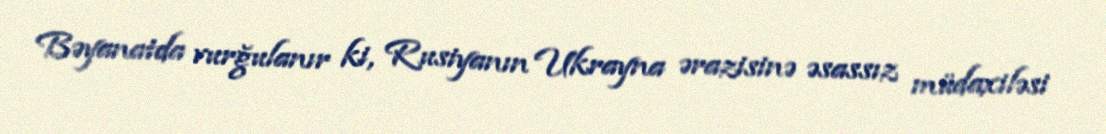
Bəyanatda vurğulanır ki, Rusiyanın Ukrayna ərazisinə əsassız müdaxiləsi